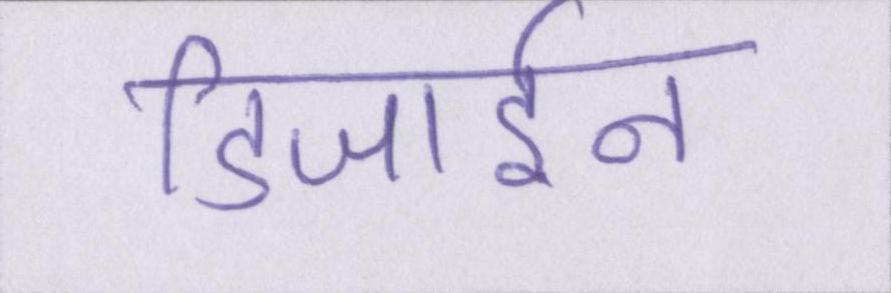
डिजाईन